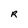
Character: R